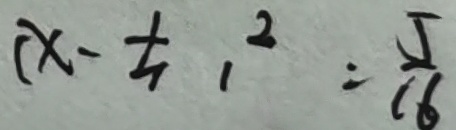
( x - t _ { 1 } 1 ^ { 2 } = \frac { 5 } { 1 6 }